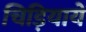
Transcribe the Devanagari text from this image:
चिड़ियायें